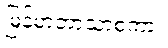
မြန်မာဘာသာစကား